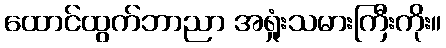
ထောင်ထွက်ဘာညာ အရှုံးသမားကြီးကိုး။